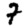
Digit: 7